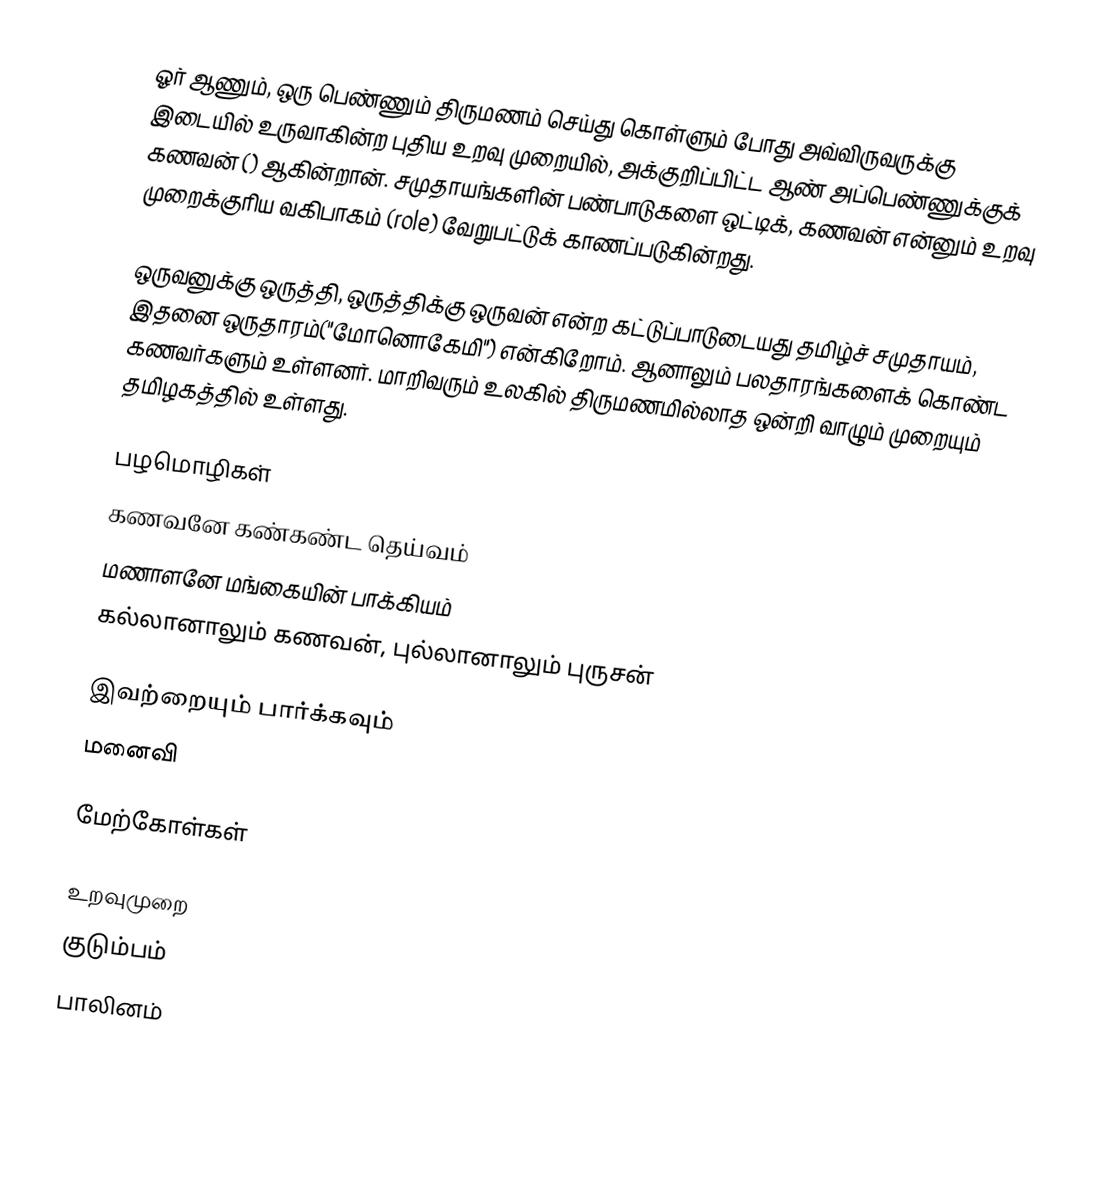
ஓர் ஆணும், ஒரு பெண்ணும் திருமணம் செய்து கொள்ளும் போது அவ்விருவருக்கு இடையில் உருவாகின்ற புதிய உறவு முறையில், அக்குறிப்பிட்ட ஆண் அப்பெண்ணுக்குக் கணவன் () ஆகின்றான். சமுதாயங்களின் பண்பாடுகளை ஒட்டிக், கணவன் என்னும் உறவு முறைக்குரிய வகிபாகம் (role) வேறுபட்டுக் காணப்படுகின்றது.

ஒருவனுக்கு ஒருத்தி, ஒருத்திக்கு ஒருவன் என்ற கட்டுப்பாடுடையது தமிழ்ச் சமுதாயம், இதனை ஒருதாரம்("மோனொகேமி") என்கிறோம். ஆனாலும் பலதாரங்களைக் கொண்ட கணவர்களும் உள்ளனர். மாறிவரும் உலகில் திருமணமில்லாத ஒன்றி வாழும் முறையும் தமிழகத்தில் உள்ளது.

பழமொழிகள்
கணவனே கண்கண்ட தெய்வம்
மணாளனே மங்கையின் பாக்கியம்
கல்லானாலும் கணவன், புல்லானாலும் புருசன்

இவற்றையும் பார்க்கவும்
 மனைவி

மேற்கோள்கள்

உறவுமுறை
குடும்பம்
பாலினம்